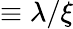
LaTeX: \equiv\lambda/\xi